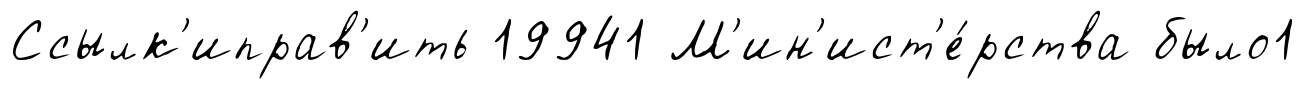
Ссылк'иправ'ить 19941 М'ин'ист'е́рства было1